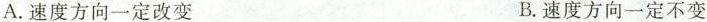
A.速度方向一定改变 B.速度方向一定不变